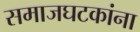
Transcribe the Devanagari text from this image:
समाजघटकांना